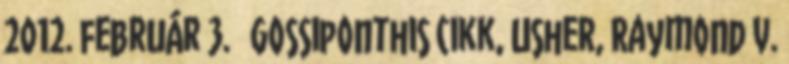
2012. február 3. ↑ Gossiponthis cikk, Usher, Raymond v.